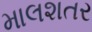
માલશતર